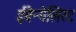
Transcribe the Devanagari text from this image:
ईवैन्गेलिस्ट